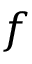
f